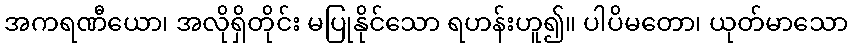
အကရဏီယော၊ အလိုရှိတိုင်း မပြုနိုင်သော ရဟန်းဟူ၍။ ပါပိမတော၊ ယုတ်မာသော